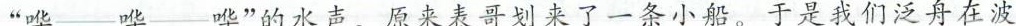
“哗—哗—哗”的水声。原来表哥划来了一条小船。于是我们泛舟在波